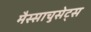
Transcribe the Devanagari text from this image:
मैस्साचुसेट्स